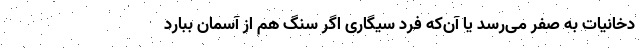
دخانیات به صفر می‌رسد یا آن‌که فرد سیگاری اگر سنگ هم از آسمان ببارد